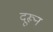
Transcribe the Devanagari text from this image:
दूरून